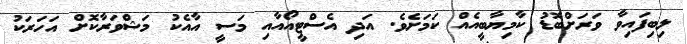
ލިބިފައިވާ ވަރަށްބޮޑު ކާމިޔާބީއެއް ކަމަށެވެ. އަދި އެސްޓީއޯއާއި މަސީ އާއެކު މަޝްވަރާކޮށް އަހަރަކު